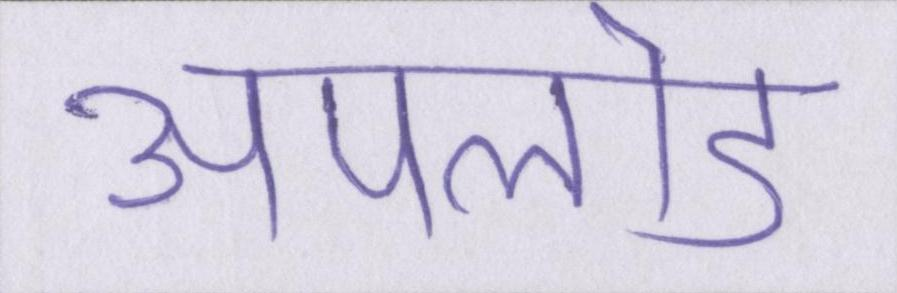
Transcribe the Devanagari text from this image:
अपलोड